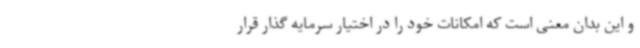
و این بدان معنی است که امکانات خود را در اختیار سرمایه گذار قرار